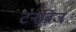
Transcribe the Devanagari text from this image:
टर्नब्रिज